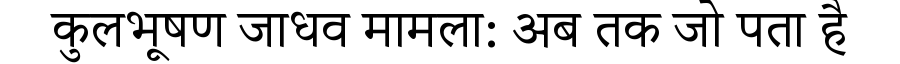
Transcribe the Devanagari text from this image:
कुलभूषण जाधव मामला: अब तक जो पता है